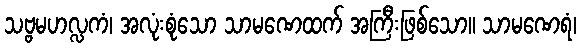
သဗ္ဗမဟလ္လကံ၊ အလုံးစုံသော သာမဏေထက် အကြီးဖြစ်သော။ သာမဏေရံ၊